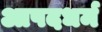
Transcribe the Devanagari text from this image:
आपदधर्म